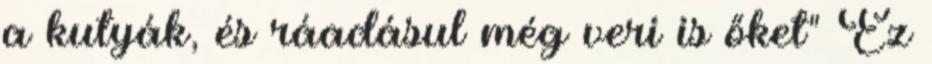
a kutyák, és ráadásul még veri is őket" Ez